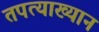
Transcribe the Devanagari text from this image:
तपत्याख्यान